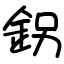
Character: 䤢